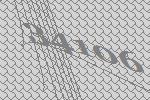
34106